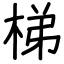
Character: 梯